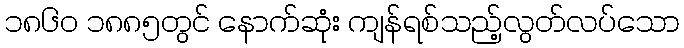
၁၈၆၀ ၁၈၈၅တွင် နောက်ဆုံး ကျန်ရစ်သည့်လွတ်လပ်သော